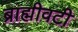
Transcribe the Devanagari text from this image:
ब्राह्मीवटी